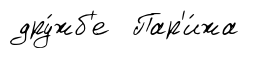
дру́жб'е Пар'и́жа